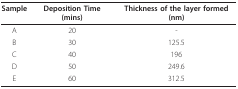
<table><thead><tr><td><b>Sample</b></td><td><b>Deposition Time (mins)</b></td><td><b>Thickness of the layer formed (nm)</b></td></tr></thead><tbody><tr><td>A</td><td>20</td><td>-</td></tr><tr><td>B</td><td>30</td><td>125.5</td></tr><tr><td>C</td><td>40</td><td>196</td></tr><tr><td>D</td><td>50</td><td>249.6</td></tr><tr><td>E</td><td>60</td><td>312.5</td></tr></tbody></table>